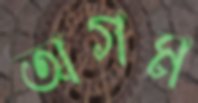
অগম